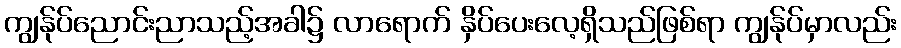
ကျွန်ုပ်ညောင်းညာသည့်အခါ၌ လာရောက် နှိပ်ပေးလေ့ရှိသည်ဖြစ်ရာ ကျွန်ုပ်မှာလည်း